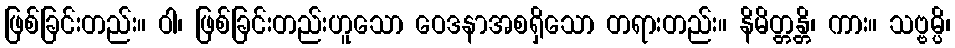
ဖြစ်ခြင်းတည်း။ ဝါ၊ ဖြစ်ခြင်းတည်းဟူသော ဝေဒနာအစရှိသော တရားတည်း။ နိမိတ္တန္တိ၊ ကား။ သဗ္ဗမ္ပိ၊